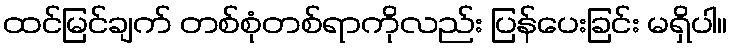
ထင်မြင်ချက် တစ်စုံတစ်ရာကိုလည်း ပြန်ပေးခြင်း မရှိပါ။